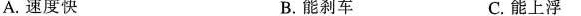
A.速度快 B.能刹车 C.能上浮